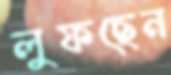
লুফছেন